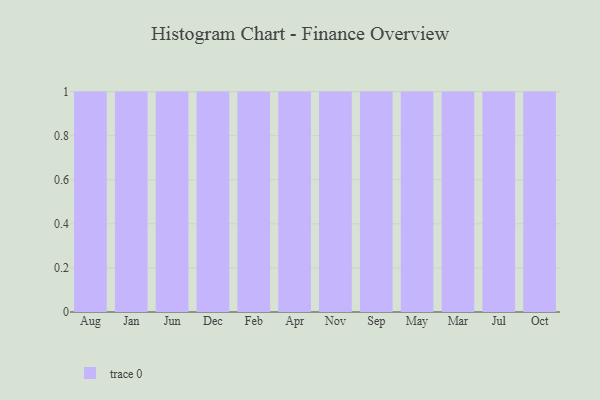
{"axis": {"x": "Month", "y": "Waste Production (Tons)"}, "legend": [""], "data": [{"x": "Aug", "y": 85, "type": ""}, {"x": "Jan", "y": 57, "type": ""}, {"x": "Jun", "y": 47, "type": ""}, {"x": "Dec", "y": 97, "type": ""}, {"x": "Feb", "y": 33, "type": ""}, {"x": "Apr", "y": 41, "type": ""}, {"x": "Nov", "y": 63, "type": ""}, {"x": "Sep", "y": 35, "type": ""}, {"x": "May", "y": 81, "type": ""}, {"x": "Mar", "y": 74, "type": ""}, {"x": "Jul", "y": 32, "type": ""}, {"x": "Oct", "y": 51, "type": ""}]}